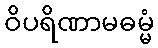
ဝိပရိဏာမဓမ္မံ